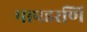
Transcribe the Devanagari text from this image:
पापहरणि